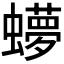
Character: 𬠳